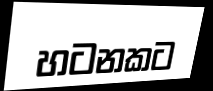
හටනකට